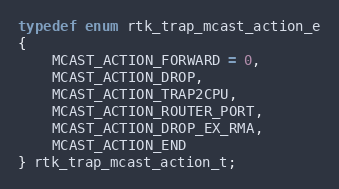
Language: C
typedef enum rtk_trap_mcast_action_e
{
    MCAST_ACTION_FORWARD = 0,
    MCAST_ACTION_DROP,
    MCAST_ACTION_TRAP2CPU,
    MCAST_ACTION_ROUTER_PORT,
    MCAST_ACTION_DROP_EX_RMA,
    MCAST_ACTION_END
} rtk_trap_mcast_action_t;